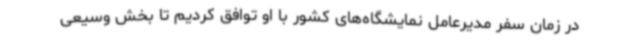
در زمان سفر مدیرعامل نمایشگاه‌های کشور با او توافق کردیم تا بخش وسیعی